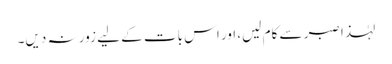
لہٰذا صبر سے کام لیں، اور اس بات کے لیے زور نہ دیں۔